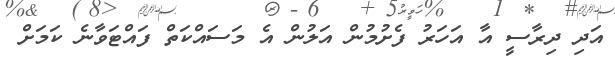
އަދި ދިރާސީ އާ އަހަރު ފެށުމުން އަލުން އެ މަސައްކަތް ފައްޓަވާނެ ކަމަށް